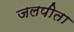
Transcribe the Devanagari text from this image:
जलपीता